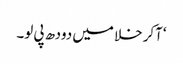
‘آکر خلا میں دودھ پی لو۔